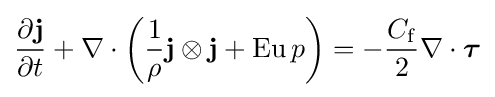
{\frac {\partial \mathbf {j} }{\partial t}}+\nabla \cdot \left({\frac {1}{\rho }}\mathbf {j} \otimes \mathbf {j} +\mathrm {Eu} \,p\right)=-{\frac {C_{\mathrm {f} }}{2}}\nabla \cdot {\boldsymbol {\tau }}